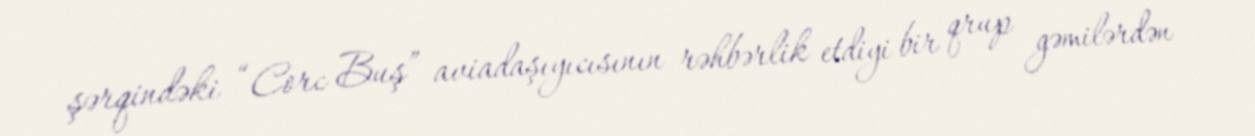
şərqindəki “Corc Buş” aviadaşıyıcısının rəhbərlik etdiyi bir qrup gəmilərdən